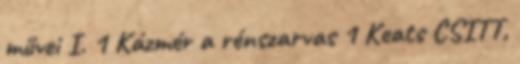
művei I. 1 Kázmér a rénszarvas 1 Keats CSITT,